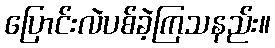
ပြောင်းလဲပစ်ခဲ့ကြသနည်း။